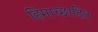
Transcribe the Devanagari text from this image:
हिमाच्‍छादित